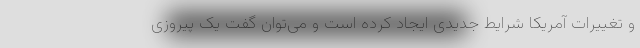
و تغییرات آمریکا شرایط جدیدی ایجاد کرده است و می‌توان گفت یک پیروزی